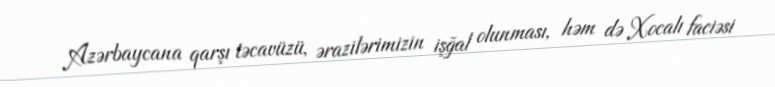
Azərbaycana qarşı təcavüzü, ərazilərimizin işğal olunması, həm də Xocalı faciəsi